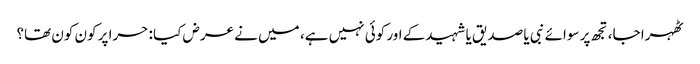
ٹھہرا جا، تجھ پر سوائے نبی یا صدیق یا شہیدکے اور کوئی نہیں ہے، میں نے عرض کیا : حرا پر کون کون تھا؟